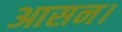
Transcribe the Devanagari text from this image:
आसन।